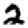
Digit: 2